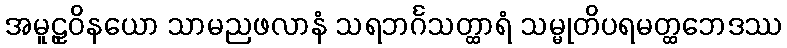
အမူဠှဝိနယော သာမညဖလာနံ သရဘင်္ဂသတ္ထာရံ သမ္မုတိပရမတ္ထဘေဒဿ